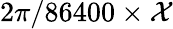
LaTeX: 2\pi/86400\times\mathcal{X}